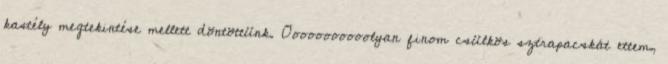
kastély megtekintése mellett döntöttünk. Ooooooooooolyan finom csülkös sztrapacskát ettem,